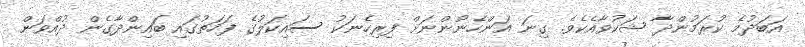
އަބަދުމެ ކުރަމުންދާ ޝަކުވާއެކެވެ. ގިނަ އަންހެނުންނަށް ފިރިހެނަކު ސައިކަލުގެ ފަހަތުގައި ބައިންދާގެން ދުއްވަން